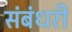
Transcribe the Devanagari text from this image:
संबंधरी